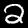
Digit: 2